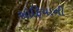
સોફિયાની